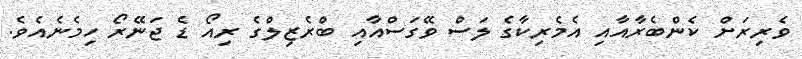
ވެރިރަށް ކެންބެރާއާއި އެމެރިކާގެ ލަސް ވޭގަސްއާއި ބްރެޒިލްގެ ރިއޯ ޑެ ޖަނޭރޯ ހިމެނެއެވެ.